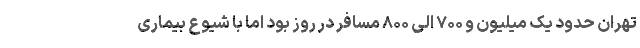
تهران حدود یک میلیون و ۷۰۰ الی ۸۰۰ مسافر در روز بود اما با شیوع بیماری